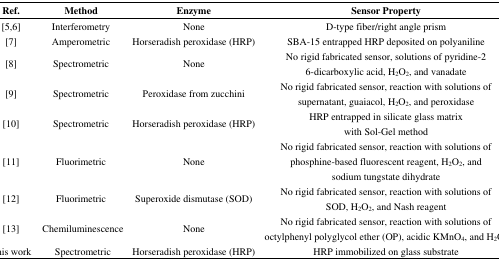
| Ref. | Method | Enzyme | Sensor Property |
 | --- | --- | --- | --- |
 | [5,6] | Interferometry | None | D-type fiber/right angle prism |
 | [7] | Amperometric | Horseradish peroxidase (HRP) | SBA-15 entrapped HRP deposited on polyaniline |
 | [8] | Spectrometric | None | No rigid fabricated sensor, solutions of pyridine-2 6-dicarboxylic acid, H2O2, and vanadate |
 | [9] | Spectrometric | Peroxidase from zucchini | No rigid fabricated sensor, reaction with solutions of supernatant, guaiacol, H2O2, and peroxidase |
 | [10] | Spectrometric | Horseradish peroxidase (HRP) | HRP entrapped in silicate glass matrix with Sol-Gel method |
 | [11] | Fluorimetric | None | No rigid fabricated sensor, reaction with solutions of phosphine-based fluorescent reagent, H2O2, and sodium tungstate dihydrate |
 | [12] | Fluorimetric | Superoxide dismutase (SOD) | No rigid fabricated sensor, reaction with solutions of SOD, H2O2, and Nash reagent |
 | [13] | Chemiluminescence | None | No rigid fabricated sensor, reaction with solutions of octylphenyl polyglycol ether (OP), acidic KMnO4, and H2O2 |
 | This work | Spectrometric | Horseradish peroxidase (HRP) | HRP immobilized on glass substrate |